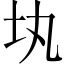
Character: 𡉕